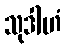
သုဒါဟံ